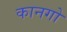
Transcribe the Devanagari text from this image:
कानगो